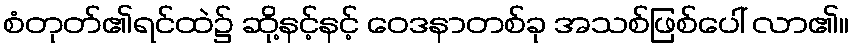
စံတုတ်၏ရင်ထဲ၌ ဆို့နင့်နင့် ဝေဒနာတစ်ခု အသစ်ဖြစ်ပေါ် လာ၏။